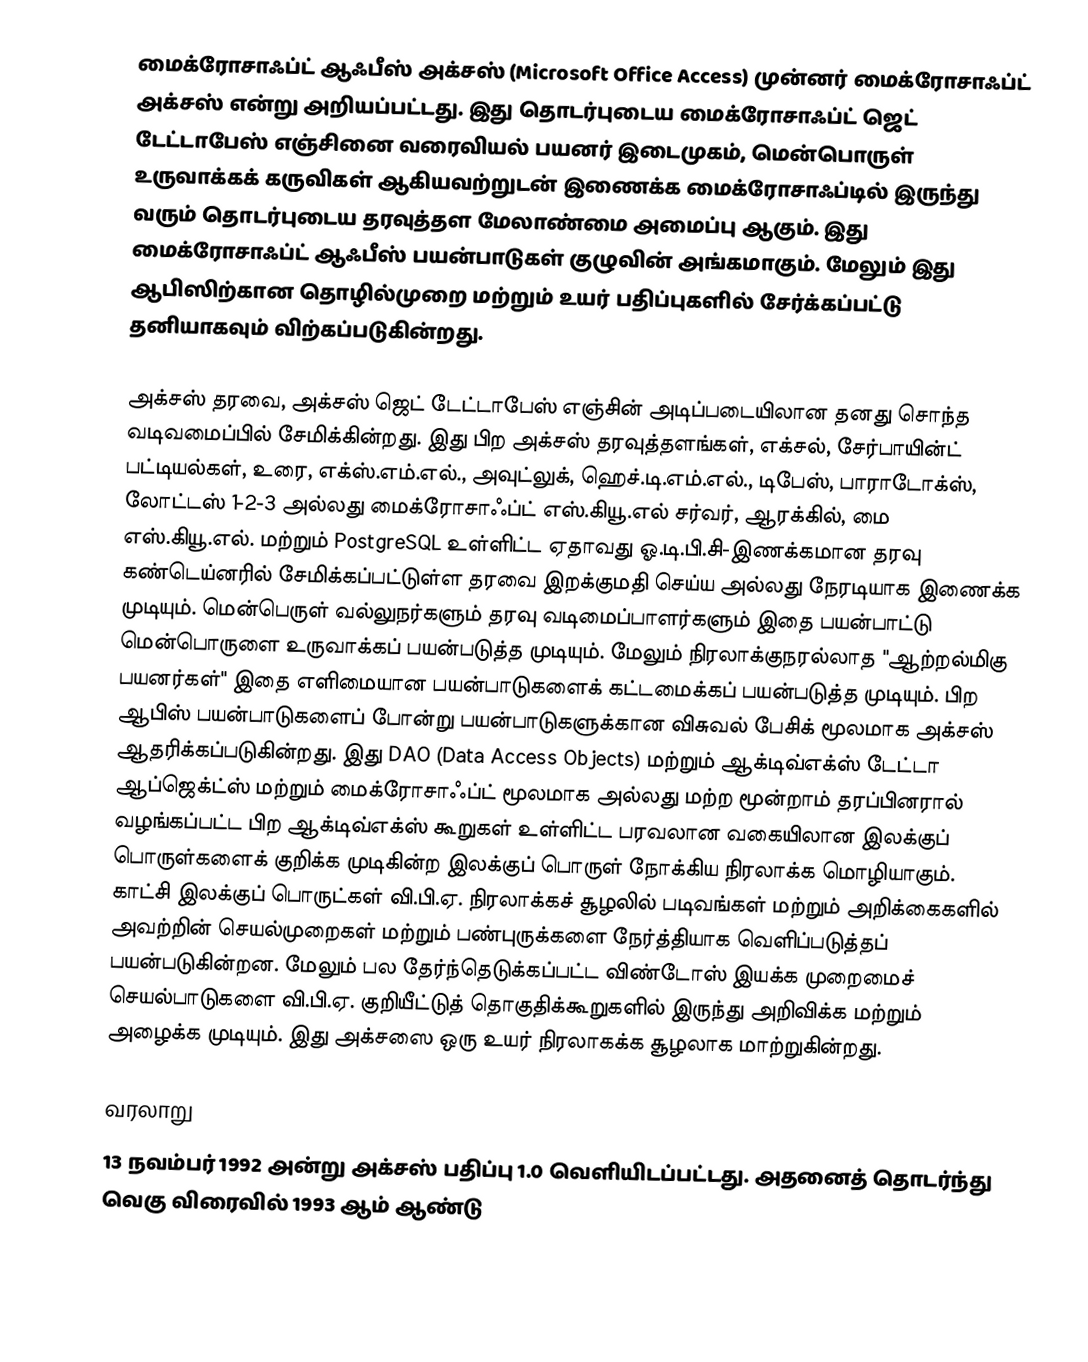
மைக்ரோசாஃப்ட் ஆஃபீஸ் அக்சஸ் (Microsoft Office Access) முன்னர் மைக்ரோசாஃப்ட் அக்சஸ் என்று அறியப்பட்டது. இது தொடர்புடைய மைக்ரோசாஃப்ட் ஜெட் டேட்டாபேஸ் எஞ்சினை வரைவியல் பயனர் இடைமுகம், மென்பொருள் உருவாக்கக் கருவிகள் ஆகியவற்றுடன் இணைக்க மைக்ரோசாஃப்டில் இருந்து வரும் தொடர்புடைய தரவுத்தள மேலாண்மை அமைப்பு ஆகும். இது மைக்ரோசாஃப்ட் ஆஃபீஸ் பயன்பாடுகள் குழுவின் அங்கமாகும். மேலும் இது ஆபிஸிற்கான தொழில்முறை மற்றும் உயர் பதிப்புகளில் சேர்க்கப்பட்டு தனியாகவும் விற்கப்படுகின்றது.

அக்சஸ் தரவை, அக்சஸ் ஜெட் டேட்டாபேஸ் எஞ்சின் அடிப்படையிலான தனது சொந்த வடிவமைப்பில் சேமிக்கின்றது. இது பிற அக்சஸ் தரவுத்தளங்கள், எக்சல், சேர்பாயின்ட் பட்டியல்கள், உரை, எக்ஸ்.எம்.எல்., அவுட்லுக், ஹெச்.டி.எம்.எல்., டிபேஸ், பாராடோக்ஸ், லோட்டஸ் 1-2-3 அல்லது மைக்ரோசாஃப்ட் எஸ்.கியூ.எல் சர்வர், ஆரக்கில், மை எஸ்.கியூ.எல். மற்றும் PostgreSQL உள்ளிட்ட ஏதாவது ஓ.டி.பி.சி-இணக்கமான தரவு கண்டெய்னரில் சேமிக்கப்பட்டுள்ள தரவை இறக்குமதி செய்ய அல்லது நேரடியாக இணைக்க முடியும். மென்பெருள் வல்லுநர்களும் தரவு வடிமைப்பாளர்களும் இதை பயன்பாட்டு மென்பொருளை உருவாக்கப் பயன்படுத்த முடியும். மேலும் நிரலாக்குநரல்லாத "ஆற்றல்மிகு பயனர்கள்" இதை எளிமையான பயன்பாடுகளைக் கட்டமைக்கப் பயன்படுத்த முடியும். பிற ஆபிஸ் பயன்பாடுகளைப் போன்று பயன்பாடுகளுக்கான விசுவல் பேசிக் மூலமாக அக்சஸ் ஆதரிக்கப்படுகின்றது. இது DAO (Data Access Objects) மற்றும் ஆக்டிவ்எக்ஸ் டேட்டா ஆப்ஜெக்ட்ஸ் மற்றும் மைக்ரோசாஃப்ட் மூலமாக அல்லது மற்ற மூன்றாம் தரப்பினரால் வழங்கப்பட்ட பிற ஆக்டிவ்எக்ஸ் கூறுகள் உள்ளிட்ட பரவலான வகையிலான இலக்குப் பொருள்களைக் குறிக்க முடிகின்ற இலக்குப் பொருள் நோக்கிய நிரலாக்க மொழியாகும். காட்சி இலக்குப் பொருட்கள் வி.பி.ஏ. நிரலாக்கச் சூழலில் படிவங்கள் மற்றும் அறிக்கைகளில் அவற்றின் செயல்முறைகள் மற்றும் பண்புருக்களை நேர்த்தியாக வெளிப்படுத்தப் பயன்படுகின்றன. மேலும் பல தேர்ந்தெடுக்கப்பட்ட விண்டோஸ் இயக்க முறைமைச் செயல்பாடுகளை வி.பி.ஏ. குறியீட்டுத் தொகுதிக்கூறுகளில் இருந்து அறிவிக்க மற்றும் அழைக்க முடியும். இது அக்சஸை ஒரு உயர் நிரலாகக்க சூழலாக மாற்றுகின்றது.

வரலாறு
13 நவம்பர் 1992 அன்று அக்சஸ் பதிப்பு 1.0 வெளியிடப்பட்டது. அதனைத் தொடர்ந்து வெகு விரைவில் 1993 ஆம் ஆண்டு